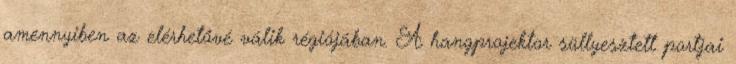
amennyiben az elérhetővé válik régiójában. A hangprojektor süllyesztett portjai